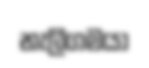
නැලිගමයා